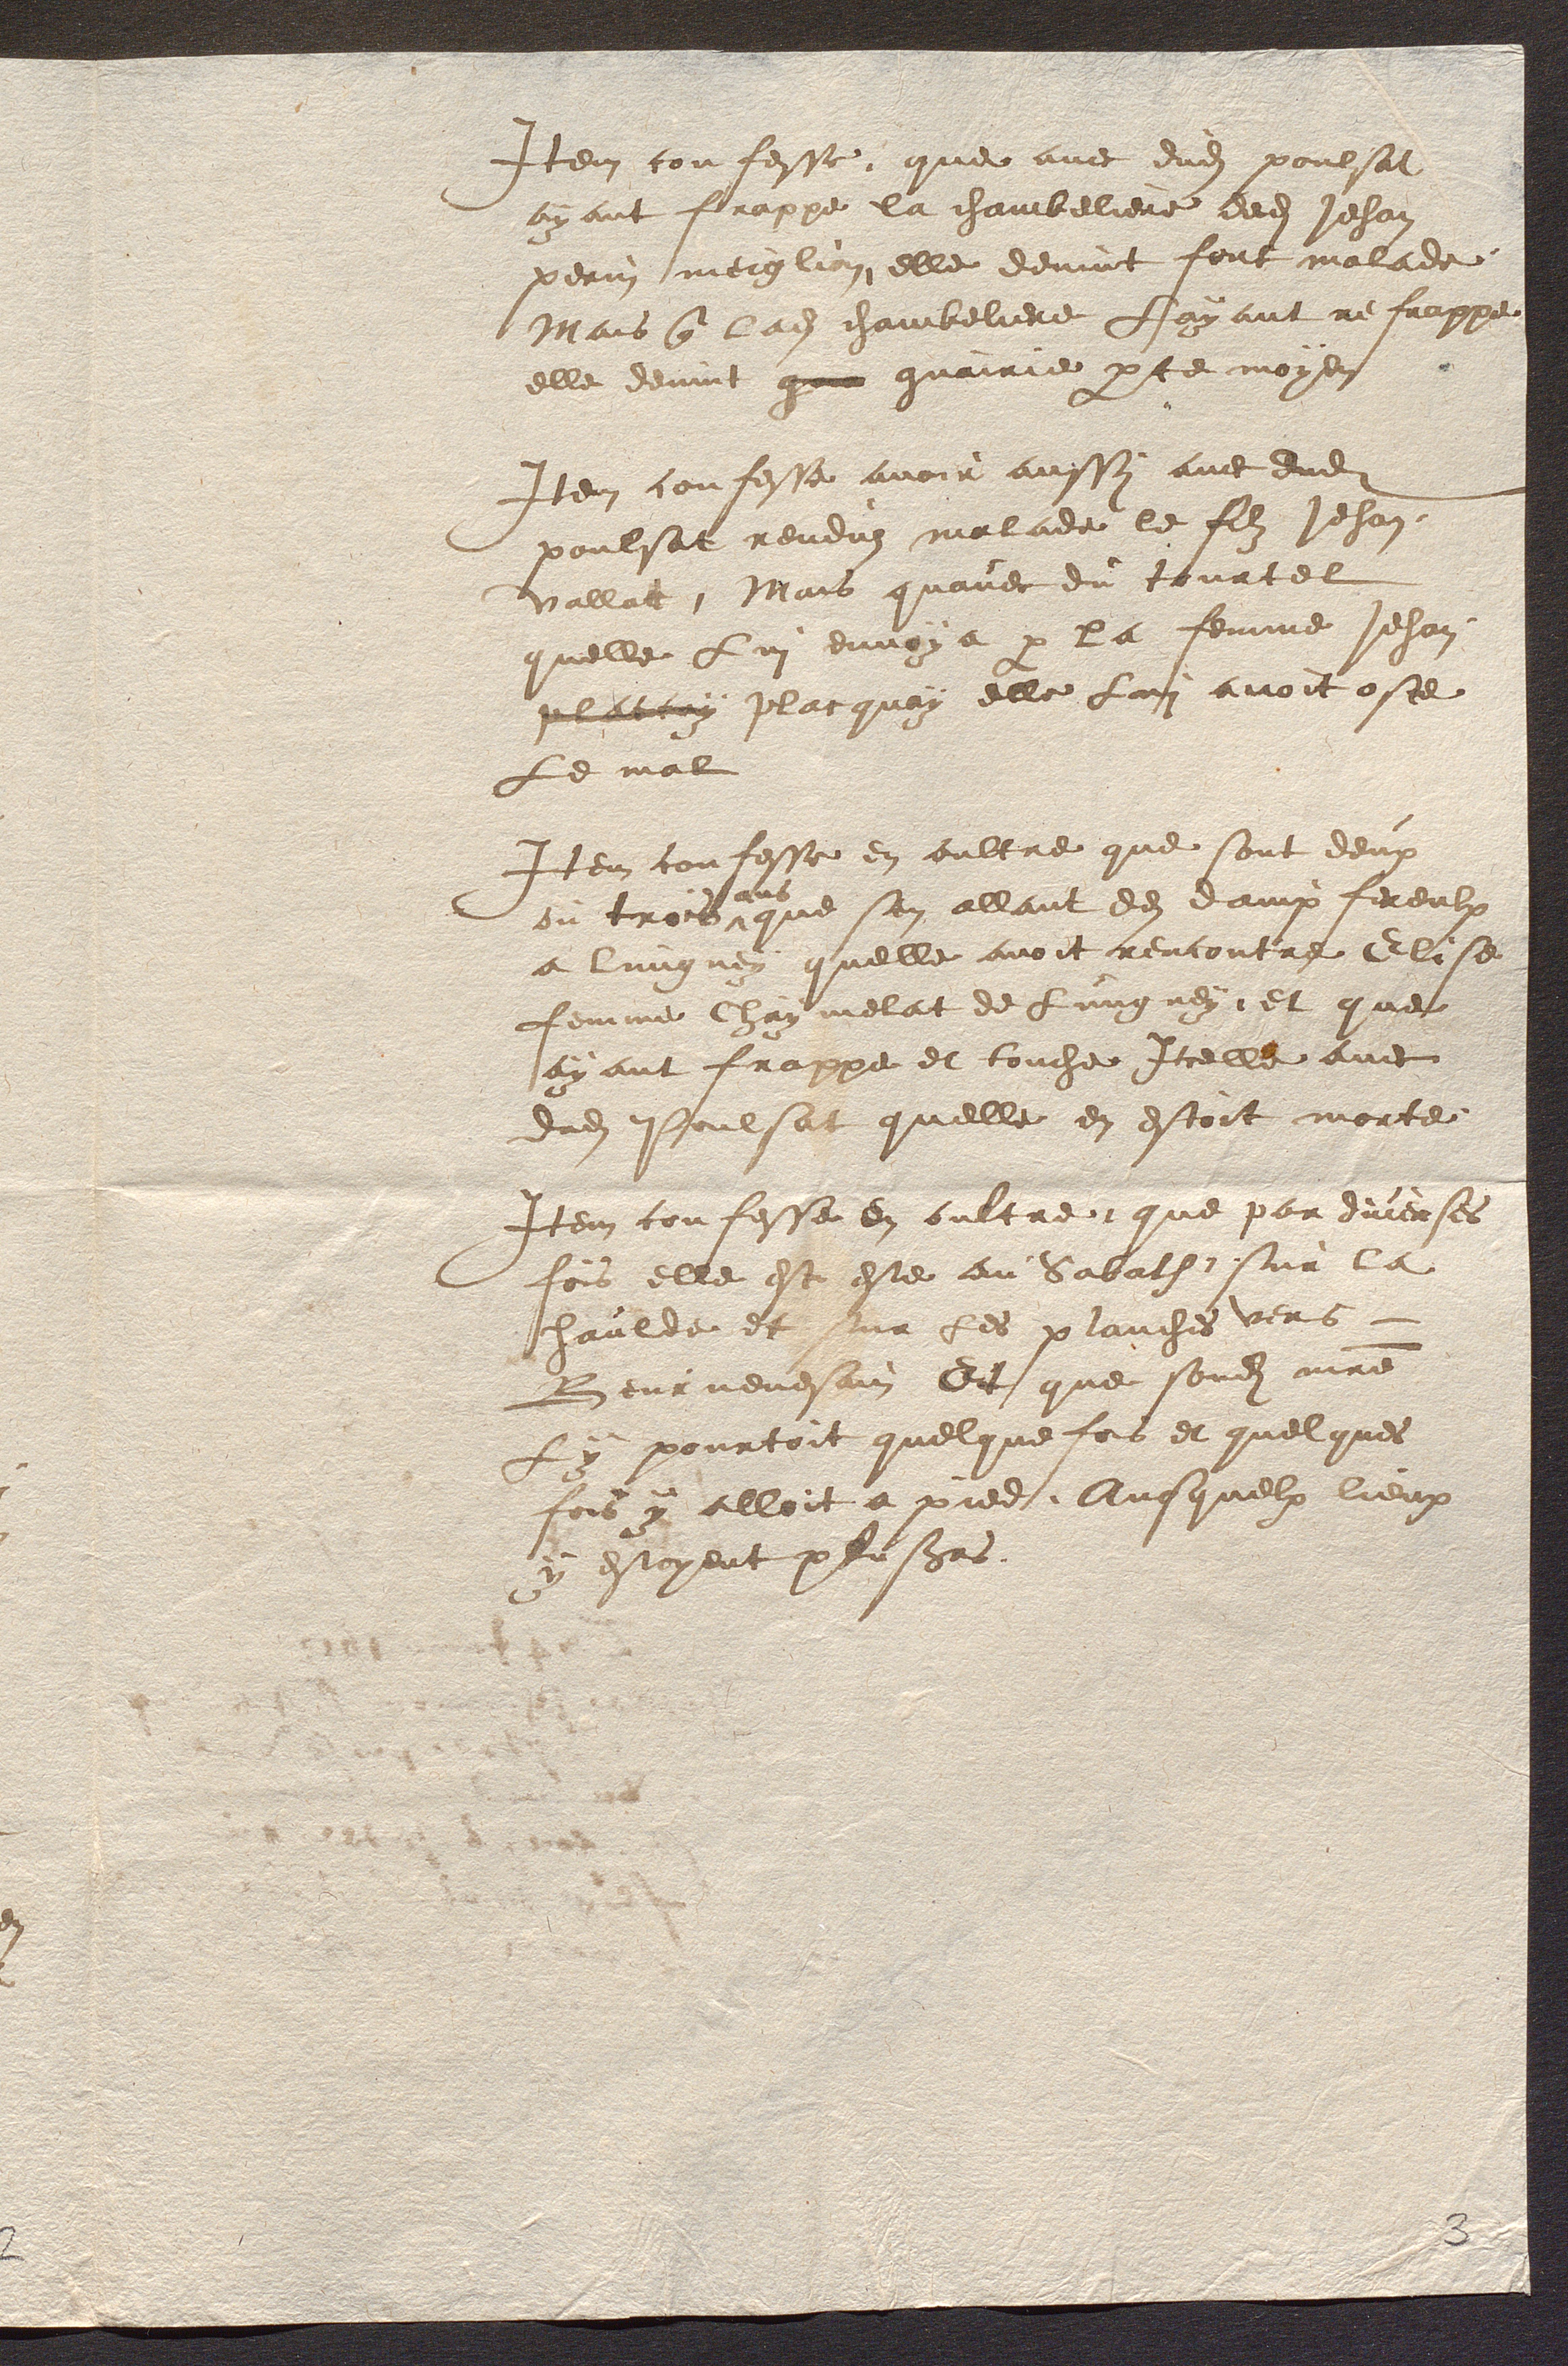
Item confesse que avec dudit poulsat
ayant frappe la chambeliere dudit Jehan
perin meiglin elle devint fort malade
Mais que ladite chambeliere Layant ne frappe
elle devint qu guairie par ce moyen
Item confesse avoir aussy avec dudit
poulsat renduz malade le filz Jehan
vallat, Mais quavec du tourtel
quelle Lui envoya par la femme Jehan
platy placquoy elle lui avoit oste
Le mal
Item confesse en oultre que sont deux
ou trois
ans
que sen allant de dampfereulx
a lingney quelle avoit rencontre Eli se
femme Chay melat de Lungney et que
ayant frappe et touche Icelle avec
dudit Poulsat quelle en estoit morte
Item confesse en oultre que par diverses
fois elle est este au Sabath sur la
haulde et sur les planches vers
Beurnevesain Et que sondit maitre
ly pourtoit quelque fois et quelques
fois y alloit a pied. Ausquelx lieux
y estoyent plusieurs